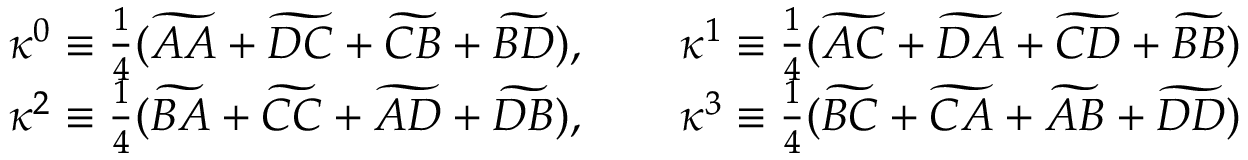
\begin{array} { c c } { \kappa ^ { 0 } \equiv \frac { 1 } { 4 } ( \widetilde { A A } + \widetilde { D C } + \widetilde { C B } + \widetilde { B D } ) , \qquad \kappa ^ { 1 } \equiv \frac { 1 } { 4 } ( \widetilde { A C } + \widetilde { D A } + \widetilde { C D } + \widetilde { B B } ) } \\ { \kappa ^ { 2 } \equiv \frac { 1 } { 4 } ( \widetilde { B A } + \widetilde { C C } + \widetilde { A D } + \widetilde { D B } ) , \qquad \kappa ^ { 3 } \equiv \frac { 1 } { 4 } ( \widetilde { B C } + \widetilde { C A } + \widetilde { A B } + \widetilde { D D } ) } \end{array}